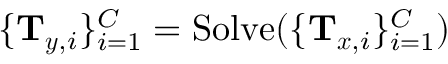
\{ \mathbf { T } _ { \boldsymbol { y } , i } \} _ { i = 1 } ^ { C } = \operatorname { S o l v e } ( \{ \mathbf { T } _ { \boldsymbol { x } , i } \} _ { i = 1 } ^ { C } )